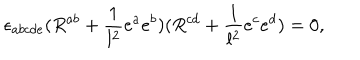
\epsilon _ { a b c d e } ( R ^ { a b } + { \frac { 1 } { l ^ { 2 } } } e ^ { a } e ^ { b } ) ( R ^ { c d } + { \frac { 1 } { l ^ { 2 } } } e ^ { c } e ^ { d } ) = 0 ,